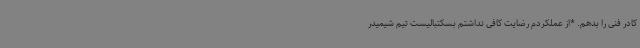
کادر فنی را بدهم. *از عملکردم رضایت کافی نداشتم بسکتبالیست تیم شیمیدر